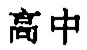
高中